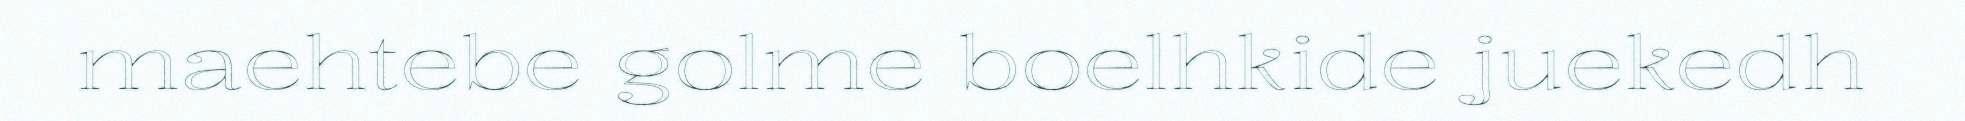
maehtebe golme boelhkide juekedh